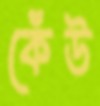
কেঁউ